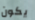
يكون